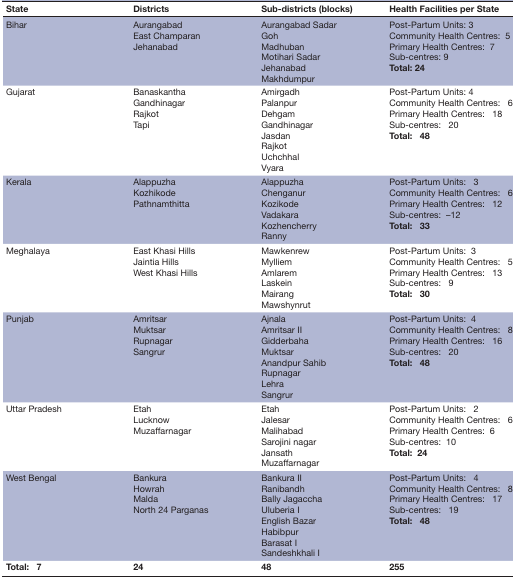
| State | Districts | Sub-districts (blocks) | Health Facilities per State |
 | --- | --- | --- | --- |
 | Bihar | Aurangabad East Champaran Jehanabad | Aurangabad Sadar Goh Madhuban Motihari Sadar Jehanabad Makhdumpur | Post-Partum Units: 3 Community Health Centres:5 Primary Health Centres:7 Sub-centres: 9 Total: 24 |
 | Gujarat | Banaskantha Gandhinagar Rajkot Tapi | Amirgadh Palanpur Dehgam Gandhinagar Jasdan Rajkot Uchchhal Vyara | Post-Partum Units: 4 Community Health Centres:6 Primary Health Centres:18 Sub-centres:20 Total:48 |
 | Kerala | Alappuzha Kozhikode Pathnamthitta | Alappuzha Chenganur Kozikode Vadakara Kozhencherry Ranny | Post-Partum Units:3 Community Health Centres:6 Primary Health Centres:12 Sub-centres:–12 Total:33 |
 | Meghalaya | East Khasi Hills Jaintia Hills West Khasi Hills | Mawkenrew Mylliem Amlarem Laskein Mairang Mawshynrut | Post-Partum Units:3 Community Health Centres:5 Primary Health Centres:13 Sub-centres:9 Total:30 |
 | Punjab | Amritsar Muktsar Rupnagar Sangrur | Ajnala Amritsar II Gidderbaha Muktsar Anandpur Sahib Rupnagar Lehra Sangrur | Post-Partum Units:4 Community Health Centres:8 Primary Health Centres:16 Sub-centres:20 Total:48 |
 | Uttar Pradesh | Etah Lucknow Muzaffarnagar | Etah Jalesar Malihabad Sarojini nagar Jansath Muzaffarnagar | Post-Partum Units:2 Community Health Centres:6 Primary Health Centres:6 Sub-centres:10 Total:24 |
 | West Bengal | Bankura Howrah Malda North 24 Parganas | Bankura II Ranibandh Bally Jagaccha Uluberia I English Bazar Habibpur Barasat I Sandeshkhali I | Post-Partum Units:4 Community Health Centres:8 Primary Health Centres:17 Sub-centres:19 Total:48 |
 | Total:7 | 24 | 48 | 255 |